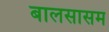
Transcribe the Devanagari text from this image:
बालसासम